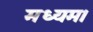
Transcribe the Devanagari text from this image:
मध्यम।